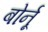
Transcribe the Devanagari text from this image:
बोर्नू